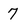
Character: 7